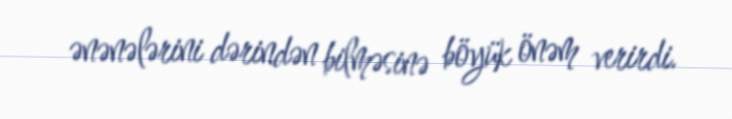
ənənələrini dərindən bilməsinə böyük önəm verirdi.